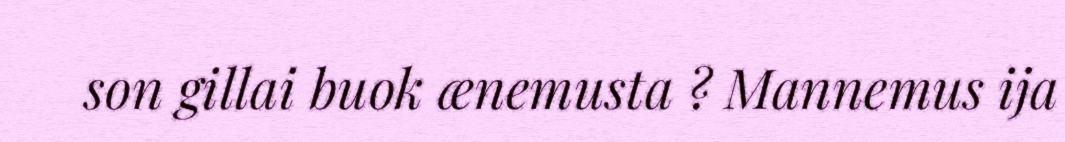
son gillai buok ænemusta ? Mannemus ija